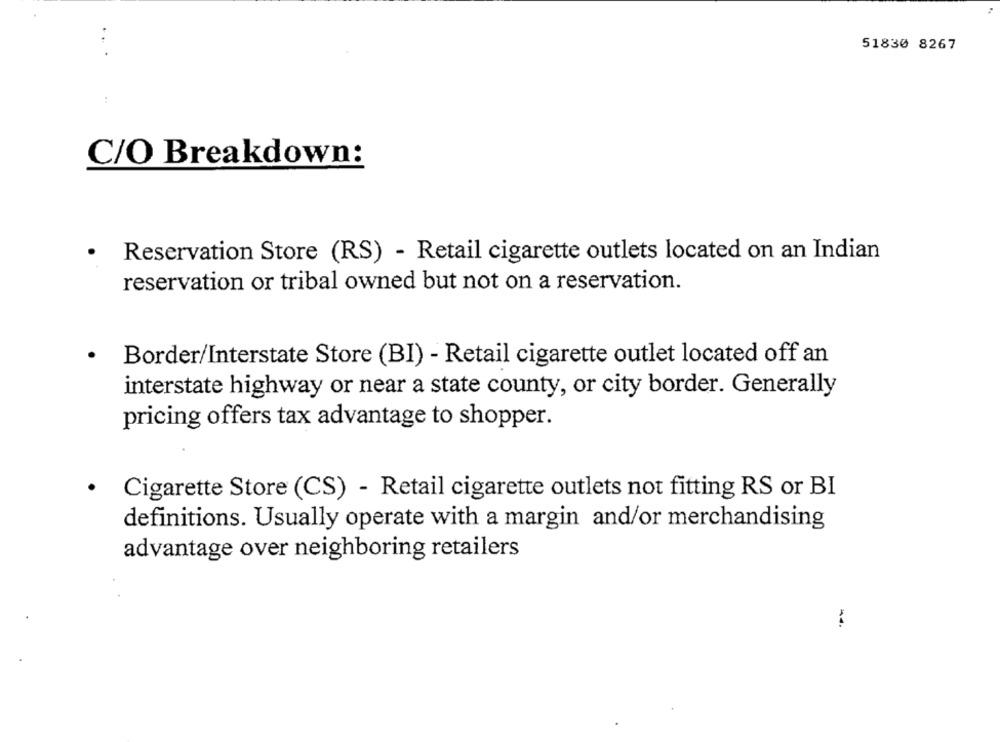
51830 8267
..
C/O Breakdown:
.
Reservation Store (RS) - Retail cigarette outlets located on an Indian
reservation or tribal owned but not on a reservation.
Border/Interstate Store (BI) - Retail cigarette outlet located off an
interstate highway or near a state county, or city border. Generally
pricing offers tax advantage to shopper.
.
Cigarette Store (CS) - Retail cigarette outlets not fitting RS or BI
definitions. Usually operate with a margin and/or merchandising
advantage over neighboring retailers
44